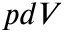
p d V